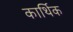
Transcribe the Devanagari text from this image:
कार्थिक